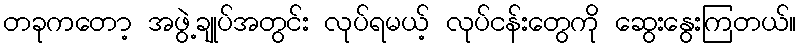
တခုကတော့ အဖွဲ့ချုပ်အတွင်း လုပ်ရမယ့် လုပ်ငန်းတွေကို ဆွေးနွေးကြတယ်။